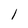
Character: I